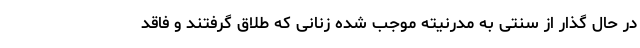
در حال گذار از سنتی به مدرنیته موجب شده زنانی که طلاق گرفتند و فاقد